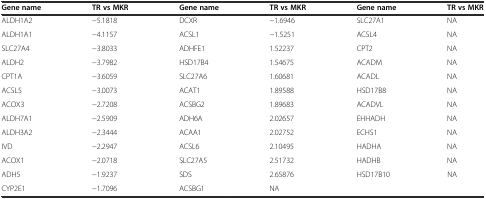
| Gene name | TR vs MKR | Gene name | TR vs MKR | Gene name | TR vs MKR |
 | --- | --- | --- | --- | --- | --- |
 | ALDH1A2 | −5.1818 | DCXR | −1.6946 | SLC27A1 | NA |
 | ALDH1A1 | −4.1157 | ACSL1 | −1.5251 | ACSL4 | NA |
 | SLC27A4 | −3.8033 | ADHFE1 | 1.52237 | CPT2 | NA |
 | ALDH2 | −3.7982 | HSD17B4 | 1.54675 | ACADM | NA |
 | CPT1A | −3.6059 | SLC27A6 | 1.60681 | ACADL | NA |
 | ACSL5 | −3.0073 | ACAT1 | 1.89588 | HSD17B8 | NA |
 | ACOX3 | −2.7208 | ACSBG2 | 1.89683 | ACADVL | NA |
 | ALDH7A1 | −2.5909 | ADH6A | 2.02657 | EHHADH | NA |
 | ALDH3A2 | −2.3444 | ACAA1 | 2.02752 | ECHS1 | NA |
 | IVD | −2.2947 | ACSL6 | 2.10495 | HADHA | NA |
 | ACOX1 | −2.0718 | SLC27A5 | 2.51732 | HADHB | NA |
 | ADH5 | −1.9237 | SDS | 2.65876 | HSD17B10 | NA |
 | CYP2E1 | −1.7096 | ACSBG1 | NA |  |  |